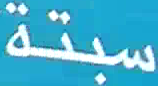
سبتة